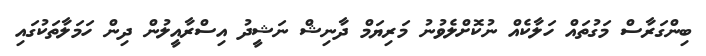
ބިންގަރާސް މަގުތައް ހަލާކެއް ނުކޮށްލެވުނު މަރިޔަމް ދާނިޝް ނަޝީދު އިސްރާއީލުން ދިން ހަމަލާތަކުގައި